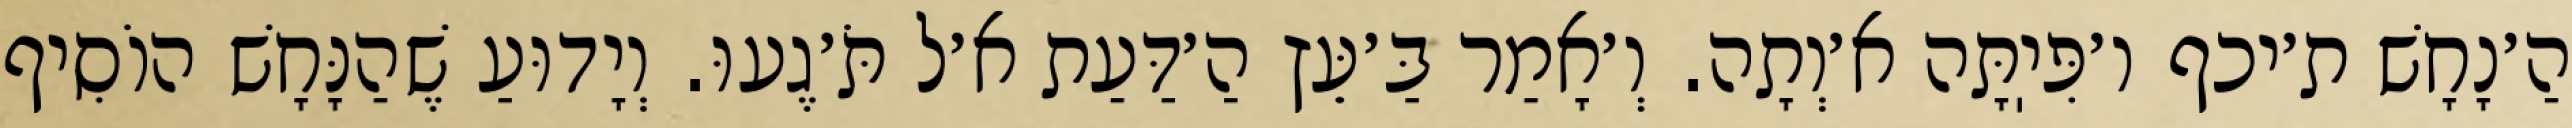
הַ׳נָחָשׁ ת׳יכף ו׳פִּיֽתָּה א׳וְתָה. וְ׳אָמַר בַּ׳עֵּץ הַ׳דַּעַת א׳ל תֹּ׳גֶעוּ. וְיָדוּעַ שֶׁהַנָּחָשׁ הוֹסִיף